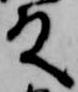
殿